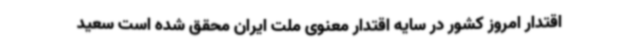
اقتدار امروز کشور در سایه اقتدار معنوی ملت ایران محقق شده است سعید